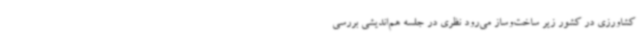
کشاورزی در کشور زیر ساخت‌وساز می‌رود نظری در جلسه هم‌اندیشی بررسی